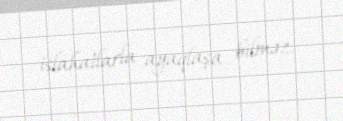
islahatlarla ayaqlaşa bilməz.